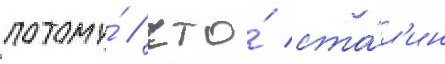
потому́ / что́ ста́л'ин